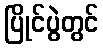
ပြိုင်ပွဲတွင်